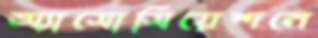
অ্যাসোসিয়েশনে